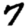
Digit: 7